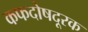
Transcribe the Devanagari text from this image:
कफदोषदूरक